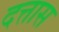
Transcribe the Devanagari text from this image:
दत्तास